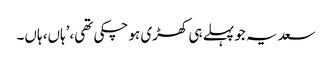
سعدیہ جو پہلے ہی کھڑی ہو چکی تھی،’ہاں، ہاں۔